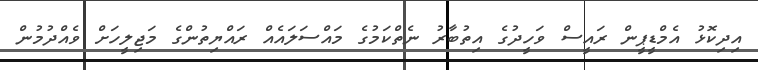
އިދިކޮޅު އެމްޑީޕީން ރައީސް ވަހީދުގެ އިތުބާރު ނެތްކަމުގެ މައްސަލައެއް ރައްޔިތުންގެ މަޖިލީހަށް ވެއްދުމުން